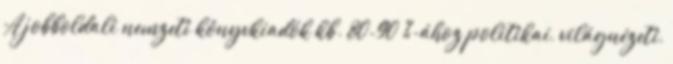
A jobboldali nemzeti könyvkiadók kb. 80-90 %-ához politikai, világnézeti,